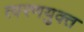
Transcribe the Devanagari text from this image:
त्वरणयुक्त